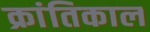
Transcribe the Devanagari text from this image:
क्रांतिकाल